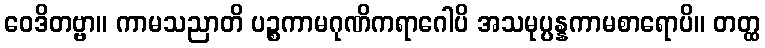
ဝေဒိတဗ္ဗာ။ ကာမသညာတိ ပဉ္စကာမဂုဏိကရာဂေါပိ အသမုပ္ပန္နကာမစာရောပိ။ တတ္ထ